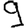
Digit: 9